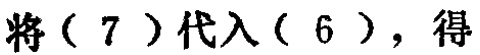
将（7）代入（6），得